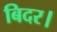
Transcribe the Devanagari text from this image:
बिदर।